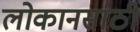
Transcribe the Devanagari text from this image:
लोकानसाठी